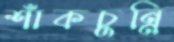
শাঁকচুন্নি